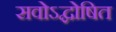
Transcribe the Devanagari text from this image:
सवोऽद्घोषित